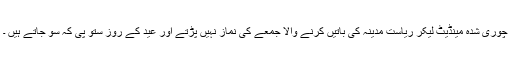
چوری شدہ مینڈیٹ لیکر ریاست مدینہ کی باتیں کرنے والا جمعے کی نماز نہیں پڑتے اور عید کے روز ستو پی کہ سو جاتے ہیں ۔